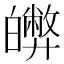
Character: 𤾵